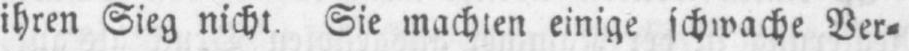
ihren Sieg nicht. Sie machten einige schwache Ver⸗